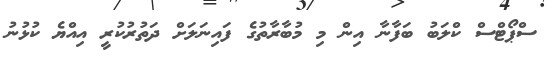
ސްޕޯޓްސް ކްލަބު ބަފާނާ އިން މި މުބާރާތުގެ ފައިނަލަށް ދަތުރުކުރީ އިއްޔެ ކުޅުނު